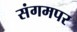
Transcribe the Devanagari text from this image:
संगमपर